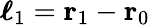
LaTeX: \boldsymbol{\ell}_{1}=\mathbf{r}_{1}-\mathbf{r}_{0}